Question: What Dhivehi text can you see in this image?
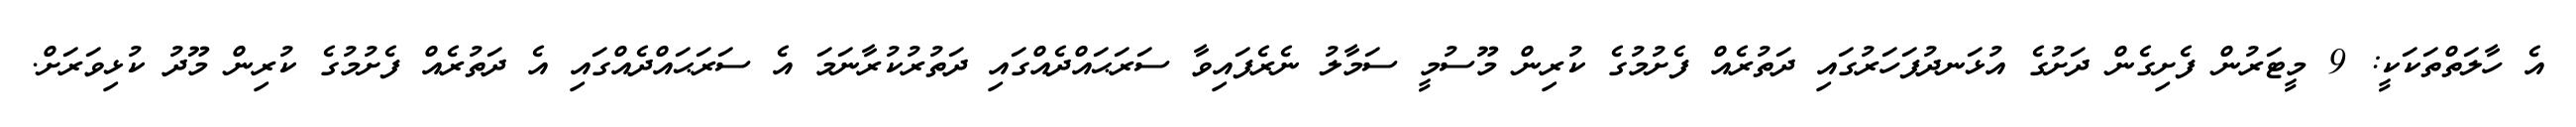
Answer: އެ ހާލަތްތަކަކީ: 9 މީޓަރުން ފެށިގެން ދަށުގެ އުޅަނދުފަހަރުގައި ދަތުރެއް ފެށުމުގެ ކުރިން މޫސުމީ ސަމާލު ނެރެފައިވާ ސަރަޙައްދެއްގައި ދަތުރުކުރާނަމަ އެ ސަރަޙައްދެއްގައި އެ ދަތުރެއް ފެށުމުގެ ކުރިން މޫދު ކުޅިވަރަށް.